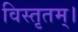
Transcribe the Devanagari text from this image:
विस्तृतम्।